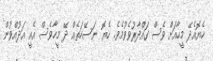
ހެޔޮއެދޭ މީހާއަށް ވެސް ގައްދާރުވެވުމެވެ. ހެޔޮ ނަސޭހަތެއް ދޭ މީހާވެސް އެއީ އަދުއްވުން